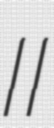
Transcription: II